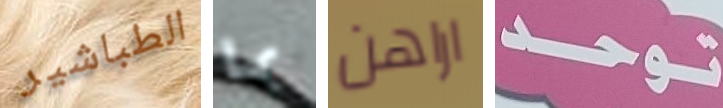
الطباشير بما اراهن توحد